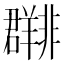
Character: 𬚀